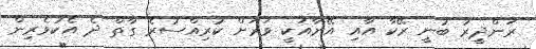
ރަންދީރު ބުނީ ރޭކާ އާއި އޭނާއަކީ ވަރަށް ކުރިއްސުރެ ގާތް ދެ އެކުވެރިން